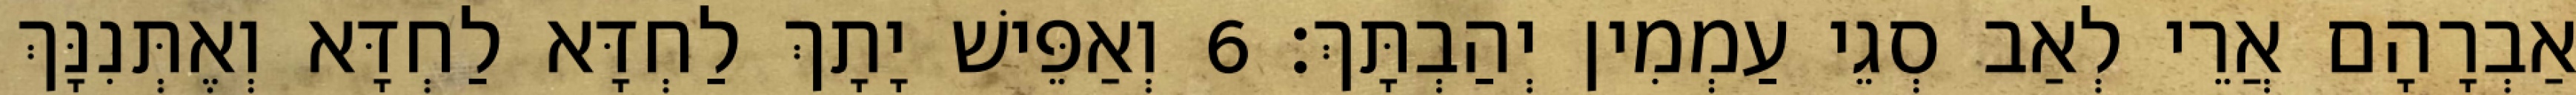
אַבְרָהָם אֲרֵי לְאַב סְגֵי עַמְמִין יְהַבְתָּךְ׃ 6 וְאַפֵּישׁ יָתָךְ לַחְדָּא לַחְדָּא וְאֶתְּנִנָּךְ